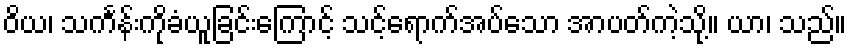
ဝိယ၊ သင်္ကန်းကိုခံယူခြင်းကြောင့် သင့်ရောက်အပ်သော အာပတ်ကဲ့သို့။ ယာ၊ သည်။